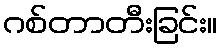
ဂစ်တာတီးခြင်း။